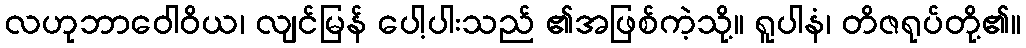
လဟုဘာဝေါဝိယ၊ လျင်မြန် ပေါ့ပါးသည် ၏အဖြစ်ကဲ့သို့။ ရူပါနံ၊ တိဇရုပ်တို့၏။